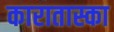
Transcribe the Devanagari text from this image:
कारातास्का